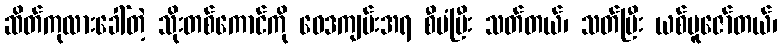
ဆိတ်ကုလားခေါ်တဲ့ သိုးတစ်ကောင်ကို ဝေဒကျမ်းအရ စီမံပြီး သတ်တယ်၊ သတ်ပြီး ယစ်ပူဇော်တယ်၊